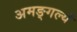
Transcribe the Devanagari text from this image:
अमङ्गल्यं